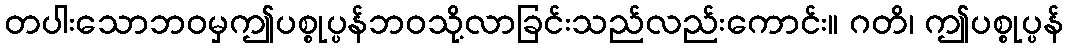
တပါးသောဘဝမှဤပစ္စုပ္ပန်ဘဝသို့လာခြင်းသည်လည်းကောင်း။ ဂတိ၊ ဤပစ္စုပ္ပန်